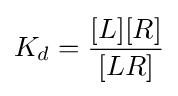
K_{d}={\frac {[L][R]}{[LR]}}